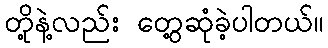
တို့နဲ့လည်း တွေ့ဆုံခဲ့ပါတယ်။